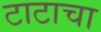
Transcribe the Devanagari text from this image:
टाटाचा